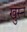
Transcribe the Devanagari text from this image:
खुर्स्न